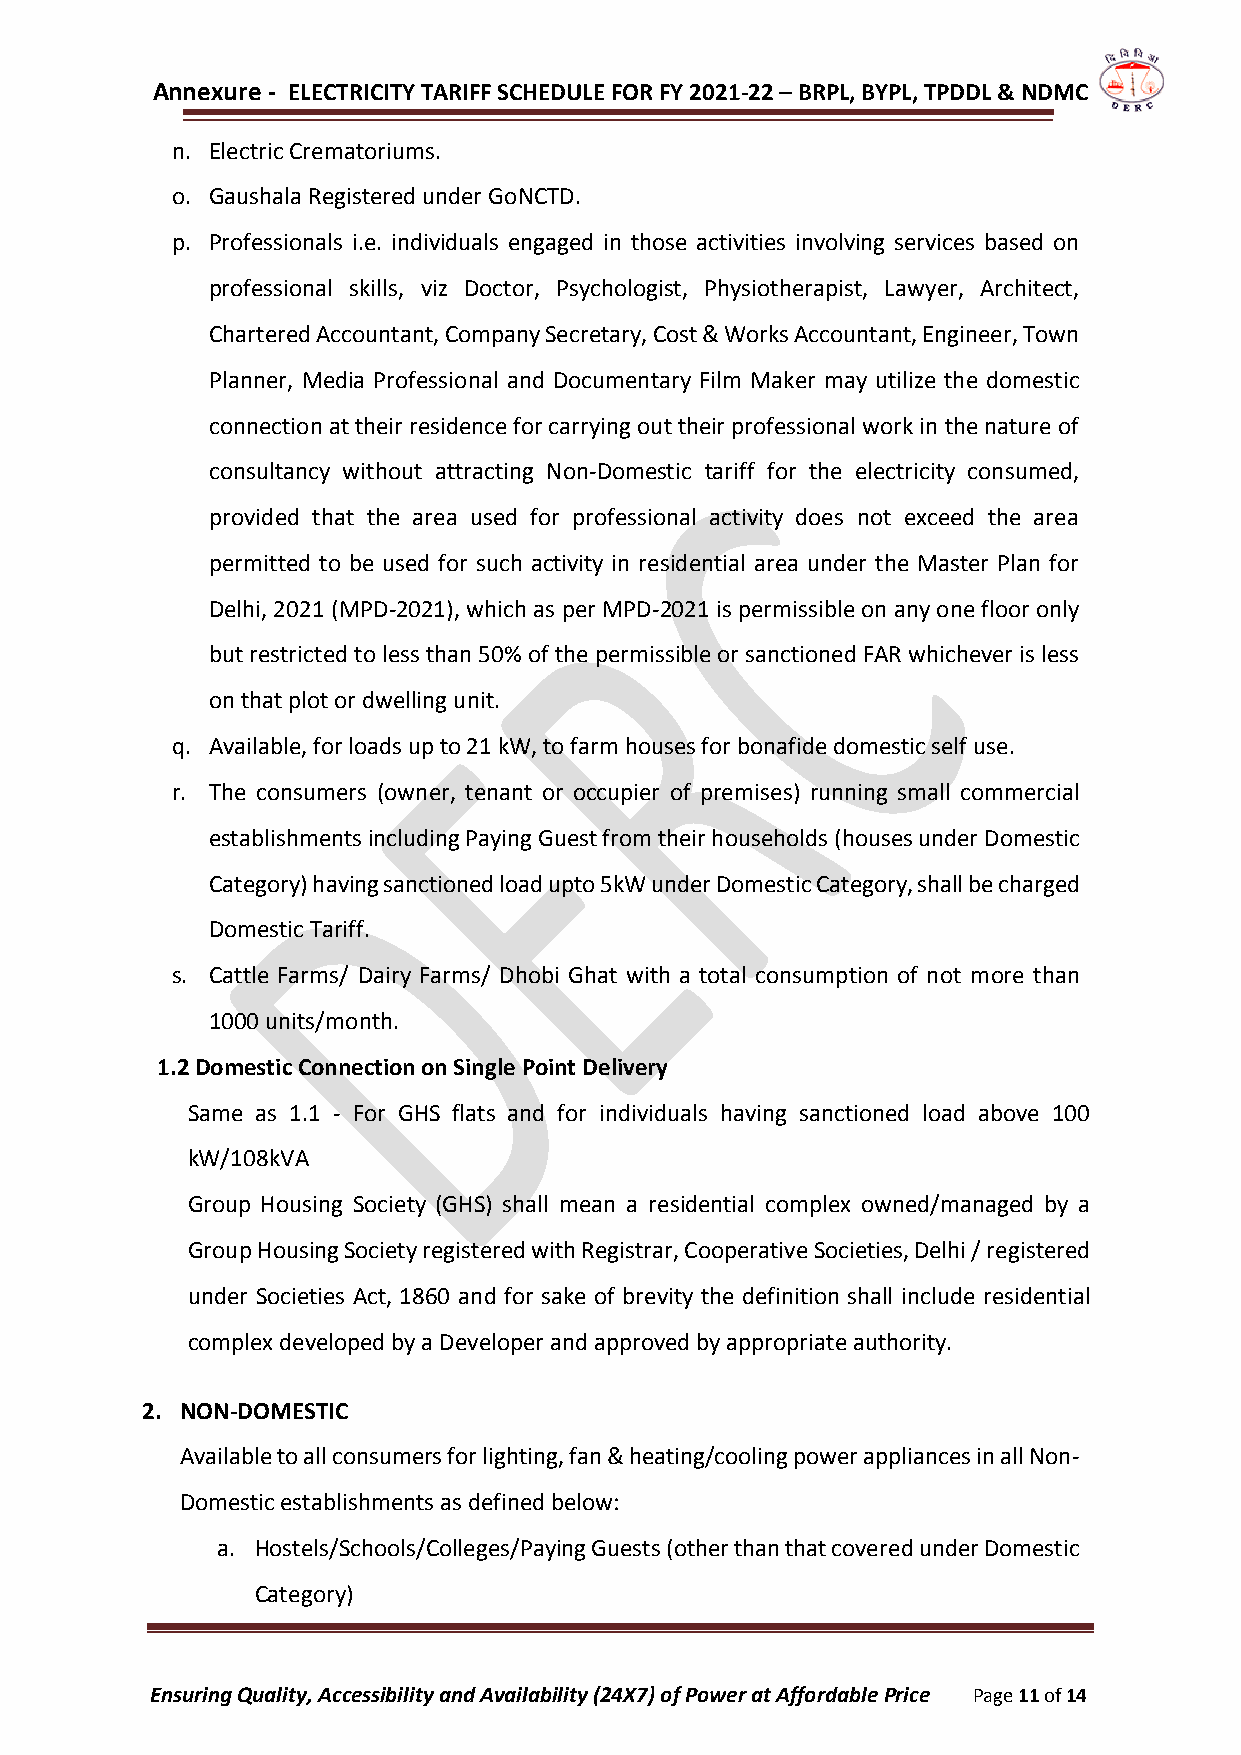
Annexure - ELECTRICITY TARIFF SCHEDULE FOR FY 2021-22 – BRPL, BYPL, TPDDL & NDMC
 n. Electric Crematoriums.
 o. Gaushala Registered under GoNCTD.
 p. Professionals i.e. individuals engaged in those activities involving services based on
 professional skills, viz Doctor, Psychologist, Physiotherapist, Lawyer, Architect,
 Chartered Accountant, Company Secretary, Cost & Works Accountant, Engineer, Town
 Planner, Media Professional and Documentary Film Maker may utilize the domestic
 connection at their residence for carrying out their professional work in the nature of
 consultancy without attracting Non-Domestic tariff for the electricity consumed,
 provided that the area used for professional activity does not exceed the area
 permitted to be used for such activity in residential area under the Master Plan for
 Delhi, 2021 (MPD-2021), which as per MPD-2021 is permissible on any one floor only
 but restricted to less than 50% of the permissible or sanctioned FAR whichever is less
 on that plot or dwelling unit.
 q. Available, for loads up to 21 kW, to farm houses for bonafide domestic self use.
 r. The consumers (owner, tenant or occupier of premises) running small commercial
 establishments including Paying Guest from their households (houses under Domestic
 Category) having sanctioned load upto 5kW under Domestic Category, shall be charged
 Domestic Tariff.
 s. Cattle Farms/ Dairy Farms/ Dhobi Ghat with a total consumption of not more than
 1000 units/month.
 1.2 Domestic Connection on Single Point Delivery
 Same as 1.1 - For GHS flats and for individuals having sanctioned load above 100
 kW/108kVA
 Group Housing Society (GHS) shall mean a residential complex owned/managed by a
 Group Housing Society registered with Registrar, Cooperative Societies, Delhi / registered
 under Societies Act, 1860 and for sake of brevity the definition shall include residential
 complex developed by a Developer and approved by appropriate authority.
 2. NON-DOMESTIC
 Available to all consumers for lighting, fan & heating/cooling power appliances in all Non-
 Domestic establishments as defined below:
 a. Hostels/Schools/Colleges/Paying Guests (other than that covered under Domestic
 Category)
 Ensuring Quality, Accessibility and Availability (24X7) of Power at Affordable Price Page 11 of 14